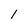
Character: 1